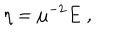
\eta = \mu ^ { - 2 } E \; ,